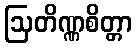
ဩတိဏ္ဏစိတ္တာ